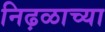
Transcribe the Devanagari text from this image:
निढ़ळाच्या